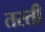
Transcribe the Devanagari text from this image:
तरती